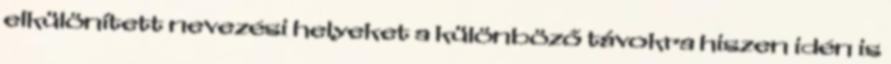
elkülönített nevezési helyeket a különböző távokra hiszen idén is